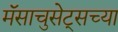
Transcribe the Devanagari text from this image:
मॅसाचुसेट्सच्या